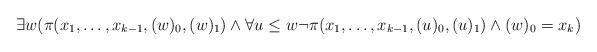
LaTeX: \begin{align*} \exists w (\pi(x_1,\dots,x_{k-1},(w)_0,(w)_1) \land \forall u \leq w \lnot \pi(x_1,\dots,x_{k-1},(u)_0,(u)_1) \land (w)_0 = x_k)\end{align*}